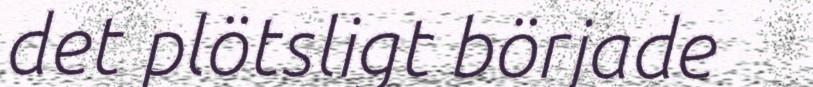
det plötsligt började